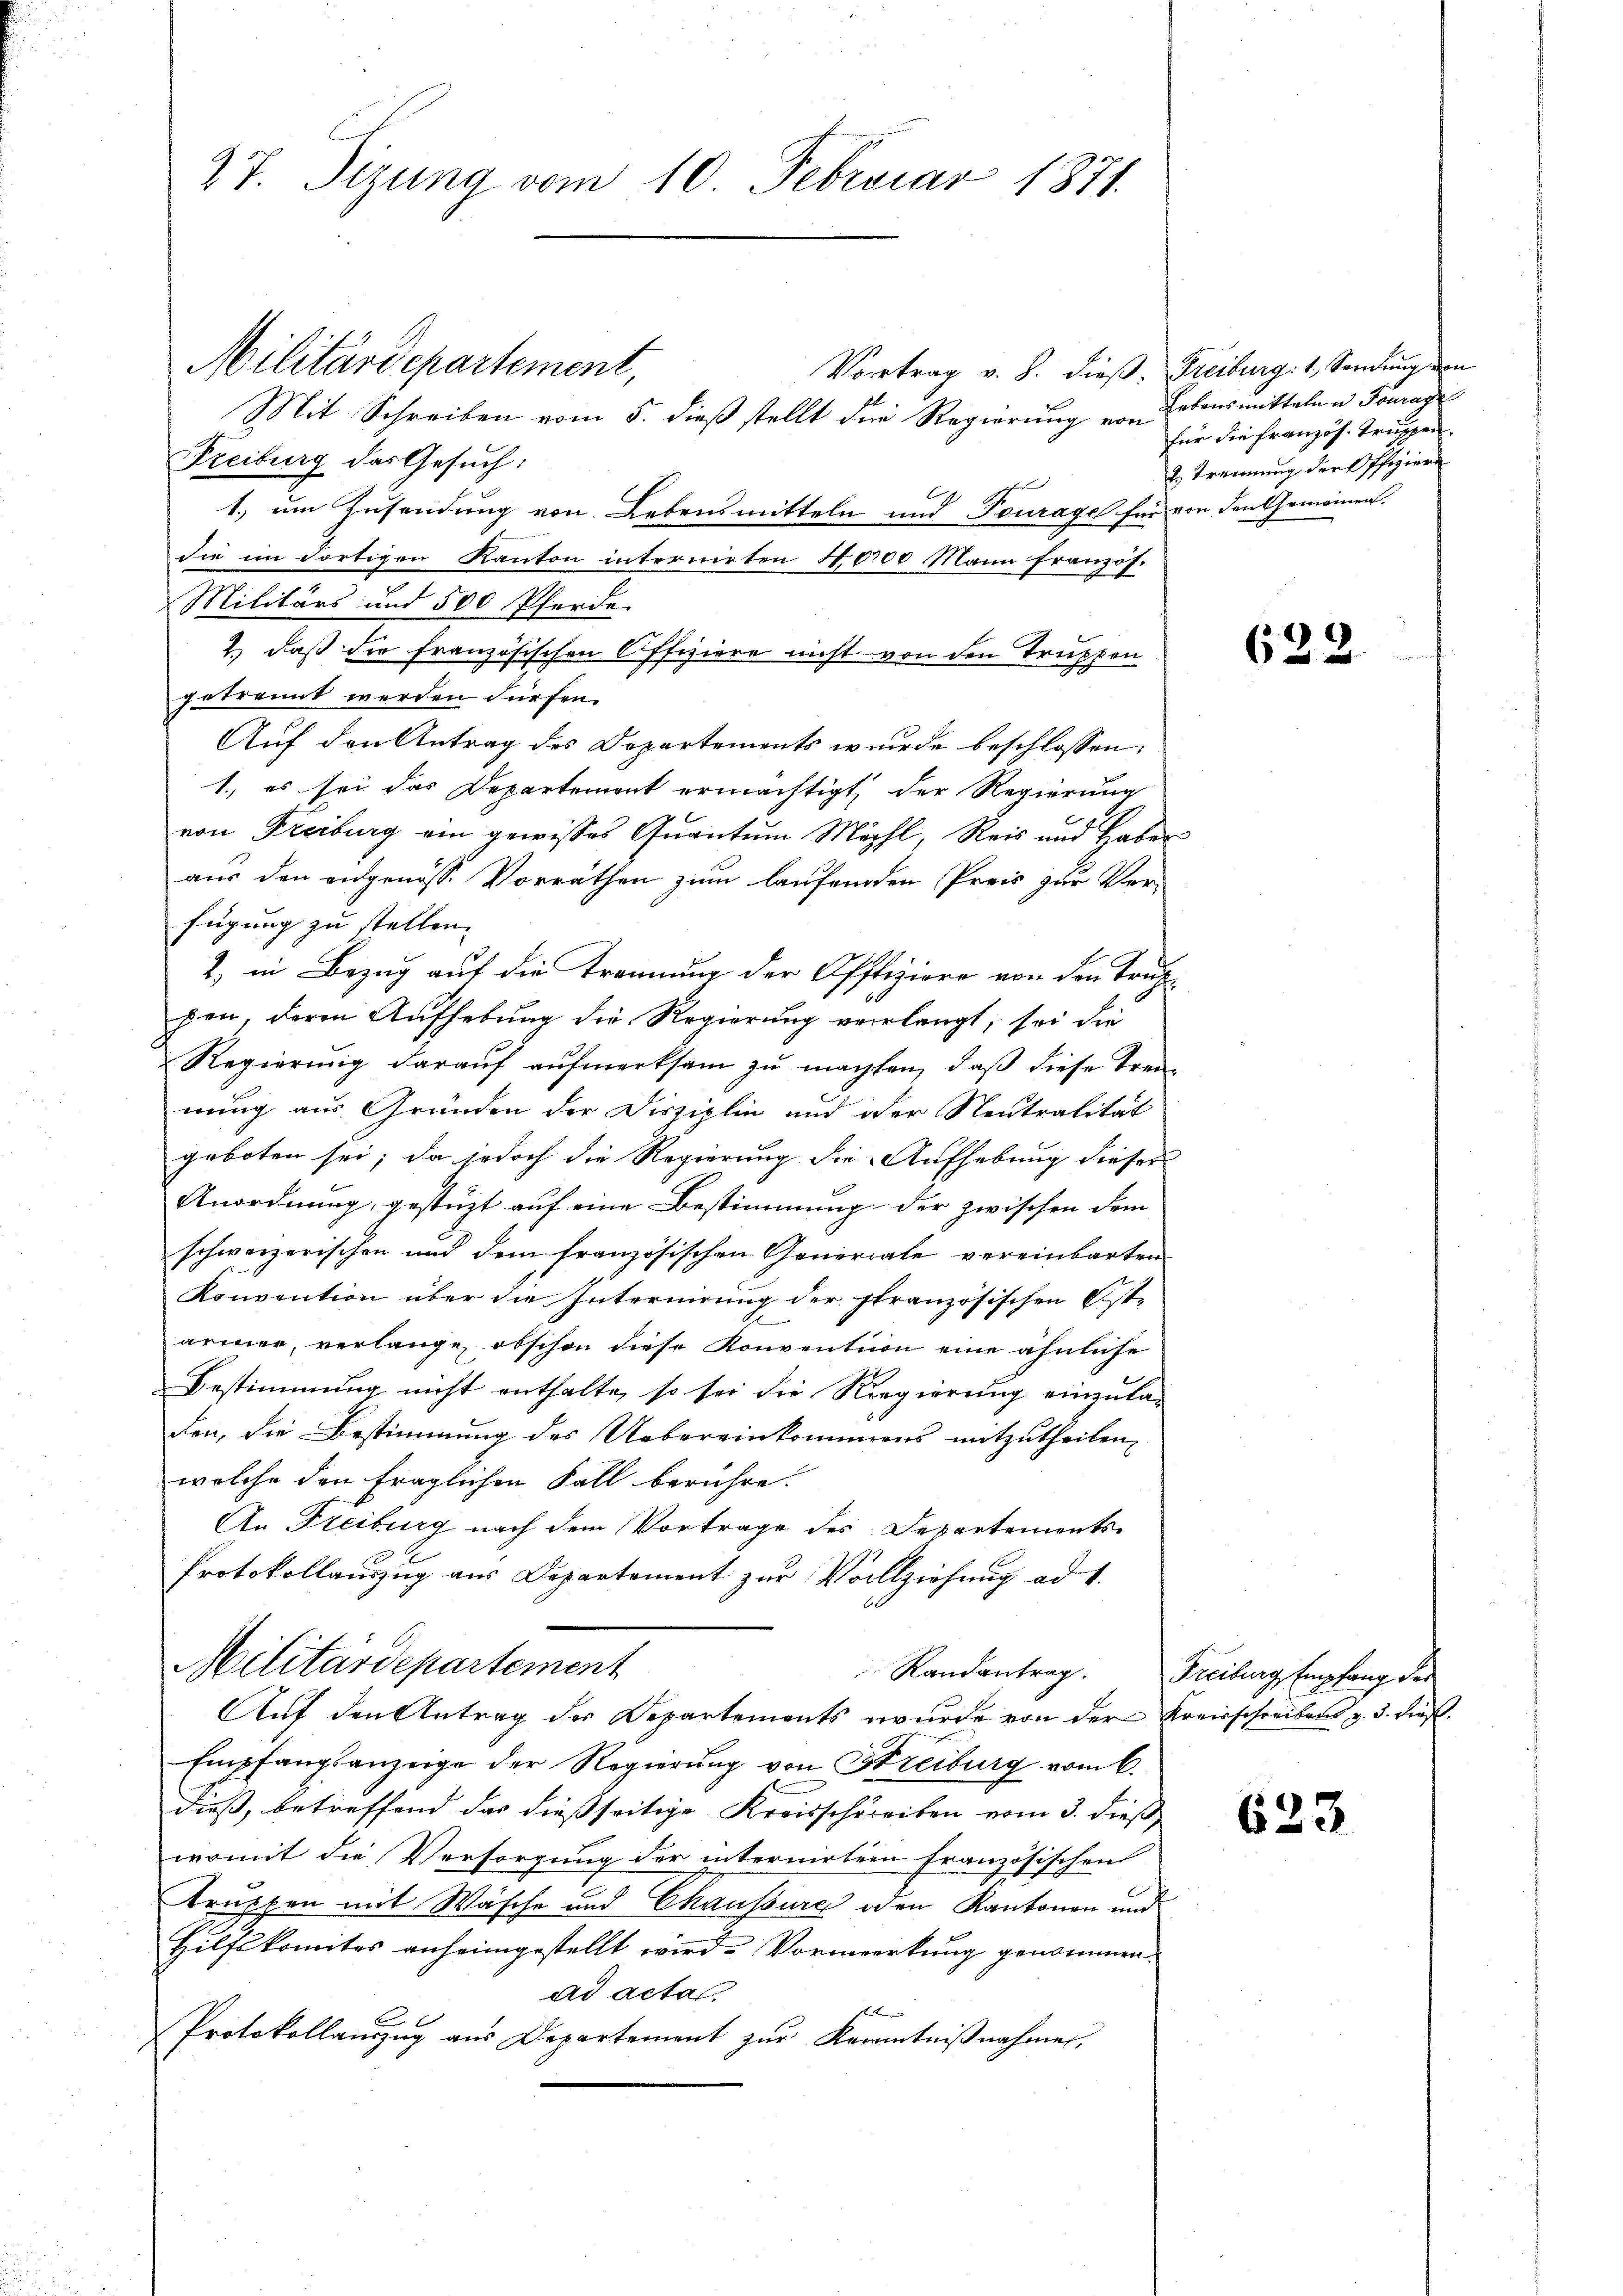
27. Sizung vom 10. Februar 1871.

Vortrag v. 8. dieß. Freiburg: 1. Sendung den
Mit Schreiben vom 5. dieß stellt die Regierung von Lebensmitteln u. Fourage
Freiburg das Gesuch:
1.) um Zusendung von Lebensmitteln und Tourage für von den Gemeinen.
die im dortigen Kanton internirten 4000 Mann französ.
Militärs und 500 Pferde
2.) daß die französischen Offiziere nicht von den Truppen
getrennt werden dürfen.
Auf den Antrag des Departements wurde beschlossen:
1., es sei das Departement ermächtigt, der Regierung
von Freiburg ein gewisses Quantum Mehl, Reis und Haber
aus den eidgenösse Vorräthen zum laufenden Preis zur Ver-
fügung zu stellen.
2) in Bezug auf die Trennung der Offiziere von den Trup-
hen, deren Aufhebung die Regierung verlangt, sei die
Regierung darauf aufmerksam zu machten, daß diese Trennung aus Gründen der Disziplin und der Neutralität
geboten sei; da jedoch die Regierung die Aufhebung dieser
Anordnung, gestüzt auf eine Bestimmung der zwischen dem
schweizerischen und dem französischen Generale vereinbarten
Konvention über die Internirung der französischen Sist-
ärmer, verlange, obschon diese Konvention eine ähnliche
Bestimmung nicht enthalte, so sei die Regierung einzula-
den, die Bestimmung des Uebereinkommens mitzutheilen,
wolche den fraglichen Fall berühre.
An Freiburg nach dem Vortrage des Departements¬
Protokollauszug aus Departement zur Vollziehung ad 1.
Militärdepartement
Randantrag. Freiberg Empfang des
Auf den Antrag der Departements wurde von der Kreisschreibens v. 3. dieß.
Empfangsanzeige der Regierung von Streiburg vom 6.
dieß, betreffend das dießseitige Kreisschreiben vom 3. dieß,
womit die Versorgung der internirter Französischen
truppen mit Wäsche und Chaussure oder Kantonen und
Hilfskomites anheimgestellt wird. Vormerkung genommen.
ad acta
Protokollanzug aus Departement zur Kenntniβnahme,

Militärdepartement,

für die Französ. Truppen.
2. Trennung der Offiziere

633.

623